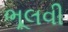
ભૂલવી